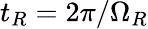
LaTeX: t_{R}=2\pi/\Omega_{R}